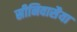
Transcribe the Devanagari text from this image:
स्रीनिवासैया